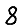
Digit: 8